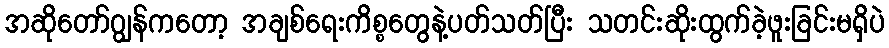
အဆိုတော်ဂျွန်ကတော့ အချစ်ရေးကိစ္စတွေနဲ့ပတ်သတ်ပြီး သတင်းဆိုးထွက်ခဲ့ဖူးခြင်းမရှိပဲ